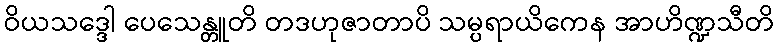
ဝိယသဒ္ဒေါ ပေသေန္တူတိ တဒဟုဇာတာပိ သမ္ပရာယိကေန အာဟိဏ္ဍသီတိ